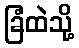
ခြံထဲသို့